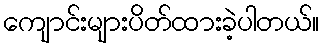
ကျောင်းများပိတ်ထားခဲ့ပါတယ်။